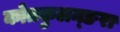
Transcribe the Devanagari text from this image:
कोतकुलन्ङरा